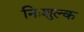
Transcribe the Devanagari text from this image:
निःशुल्‍क